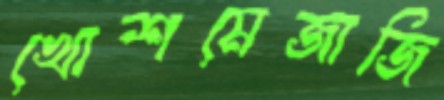
খোশমেজাজি